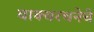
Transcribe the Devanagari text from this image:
वाक्यरचनेचे